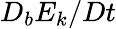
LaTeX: D_{b}E_{k}/Dt